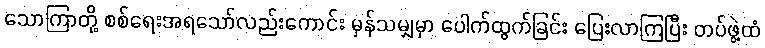
သောကြာတို့ စစ်ရေးအရသော်လည်းကောင်း မှန်သမျှမှာ ပေါက်ထွက်ခြင်း ပြေးလာကြပြီး တပ်ဖွဲ့ထံ